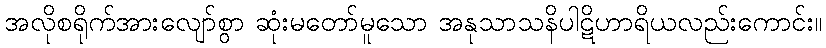
အလိုစရိုက်အားလျော်စွာ ဆုံးမတော်မူသော အနုသာသနိပါဋိဟာရိယလည်းကောင်း။